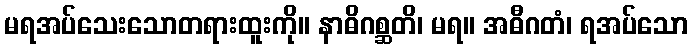
မရအပ်သေးသောတရားထူးကို။ နာဓိဂစ္ဆတိ၊ မရ။ အဓီဂတံ၊ ရအပ်သော